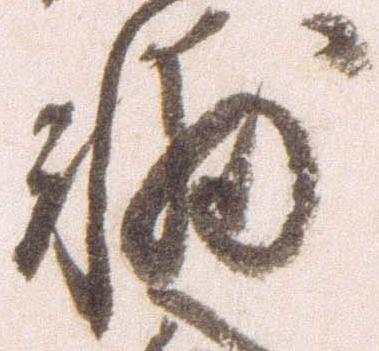
輔